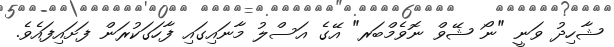
ޝާހިދު ވަނީ "ނޯ ޝޭވް ނޮވެމްބަރ" އޭގެ އަސްލު މާނައިގައި ފާހަގަކުރަން ފަށައިފައެވެ.